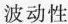
波动性